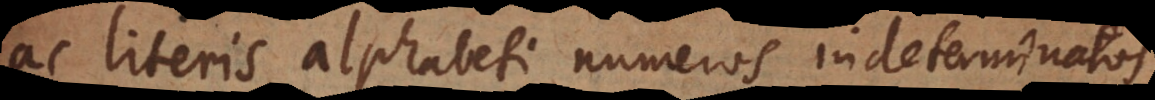
ac literis alphabeti numeros indeterminatos